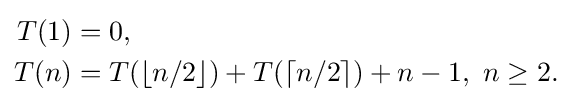
{\begin{aligned}T(1)&=0,\\T(n)&=T(\lfloor n/2\rfloor )+T(\lceil n/2\rceil )+n-1,\ n\geq 2.\end{aligned}}